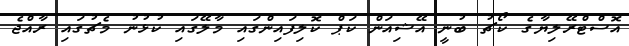
އޮސްޓްރޭލިޔާގެ ކޯޗު ބުނީ އޭޝިއަން ކަޕް ކޮލިފައިންގައި މާލޭގައި ކުޅުނު މެޗުގައި ރާއްޖެ